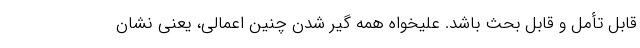
قابل تأمل و قابل بحث باشد. علیخواه همه گیر شدن چنین اعمالی، یعنی نشان